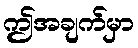
ဤအချက်မှာ